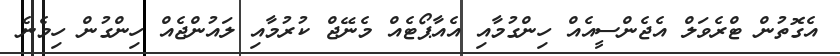
އެގޮތުން ޓްރެވަލް އެޖެންސީއެއް ހިންގުމާއި އެއާޕޯޓެއް މެނޭޖް ކުރުމާއި ލައުންޖެއް ހިންގުން ހިމެނެ